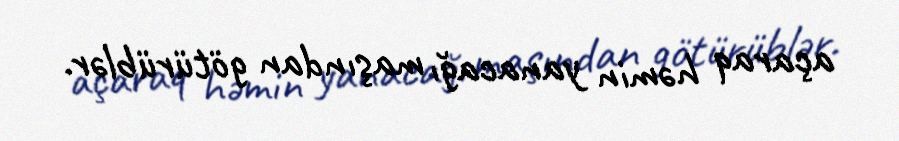
açaraq həmin yanacağı maşından götürüblər.